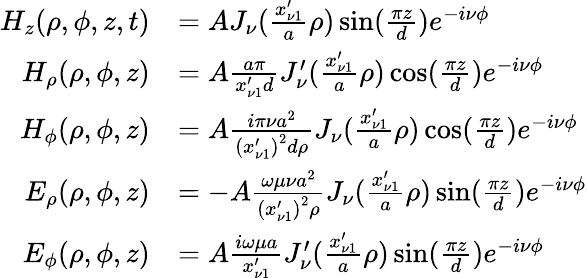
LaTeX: \begin{array}{rl}{H_{z}(\rho,\phi,z,t)}&{=AJ_{\nu}(\frac{x_{\nu 1}^{\prime}}{a}\rho)\sin(\frac{\pi z}{d})e^{-i\nu\phi}}\\ {H_{\rho}(\rho,\phi,z)}&{=A\frac{a\pi}{x_{\nu 1}^{\prime}d}J_{\nu}^{\prime}(\frac{x_{\nu 1}^{\prime}}{a}\rho)\cos(\frac{\pi z}{d})e^{-i\nu\phi}}\\ {H_{\phi}(\rho,\phi,z)}&{=A\frac{i\pi\nu a^{2}}{\left(x_{\nu 1}^{\prime}\right)^{2}d\rho}J_{\nu}(\frac{x_{\nu 1}^{\prime}}{a}\rho)\cos(\frac{\pi z}{d})e^{-i\nu\phi}}\\ {E_{\rho}(\rho,\phi,z)}&{=-A\frac{\omega\mu\nu a^{2}}{\left(x_{\nu 1}^{\prime}\right)^{2}\rho}J_{\nu}(\frac{x_{\nu 1}^{\prime}}{a}\rho)\sin(\frac{\pi z}{d})e^{-i\nu\phi}}\\ {E_{\phi}(\rho,\phi,z)}&{=A\frac{i\omega\mu a}{x_{\nu 1}^{\prime}}J_{\nu}^{\prime}(\frac{x_{\nu 1}^{\prime}}{a}\rho)\sin(\frac{\pi z}{d})e^{-i\nu\phi}}\end{array}